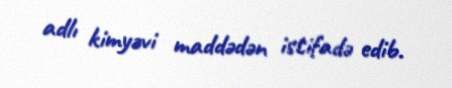
adlı kimyəvi maddədən istifadə edib.